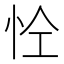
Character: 𢘐